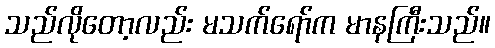
သည်လိုတော့လည်း မသက်ရော်က မာနကြီးသည်။